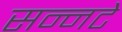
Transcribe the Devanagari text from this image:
सन्नटे